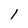
Character: 1